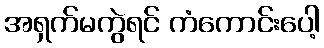
အရှက်မကွဲရင် ကံကောင်းပေါ့